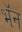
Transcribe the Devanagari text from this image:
भॅन